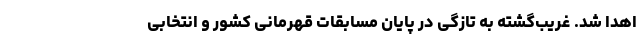
اهدا شد. غریب‌گشته به تازگی در پایان مسابقات قهرمانی کشور و انتخابی